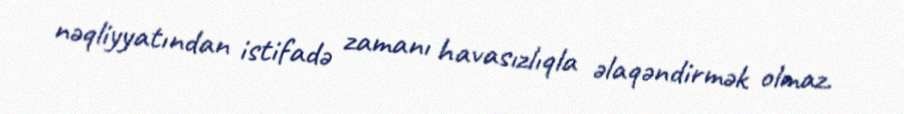
nəqliyyatından istifadə zamanı havasızlıqla əlaqəndirmək olmaz.